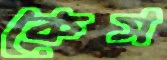
কেস